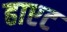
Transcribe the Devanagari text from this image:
हाएट